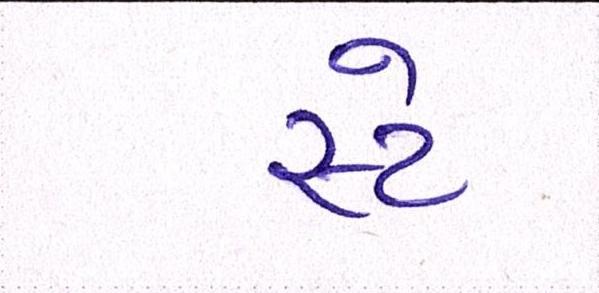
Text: સ્ટે